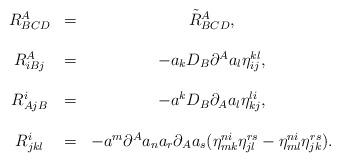
LaTeX: \begin{align*}\begin{array}{ccc}R_{BCD}^A & = & \tilde{R}_{BCD}^A, \\ & & \\ R_{iBj}^A & = & -a_kD_B\partial ^Aa_l\eta _{ij}^{kl}, \\ & & \\ R_{AjB}^i & = & -a^kD_B\partial _Aa_l\eta _{kj}^{li}, \\ & & \\ R_{jkl}^i & = & -a^m\partial ^Aa_na_r\partial _Aa_s(\eta _{mk}^{ni}\eta_{jl}^{rs}-\eta _{ml}^{ni}\eta _{jk}^{rs}).\end{array}\end{align*}